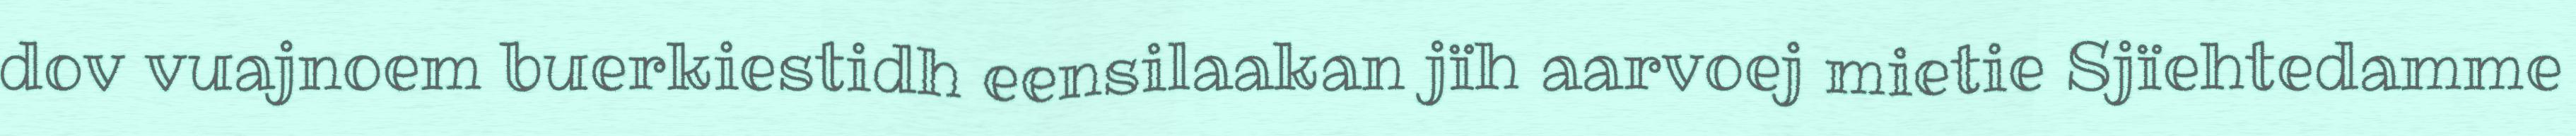
dov vuajnoem buerkiestidh eensilaakan jïh aarvoej mietie Sjïehtedamme